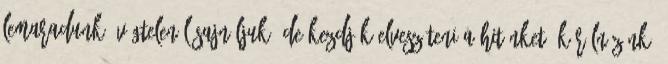
lemaradunk. Végtelenül sajnáljuk, de kezdjük elveszíteni a hitünket. Körülnézünk,